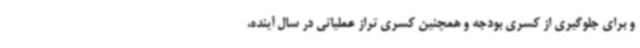
و برای جلوگیری از کسری بودجه و همچنین کسری تراز عملیاتی در سال آینده،